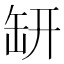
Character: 𦈨